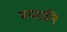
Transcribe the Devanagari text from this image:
मपधनि